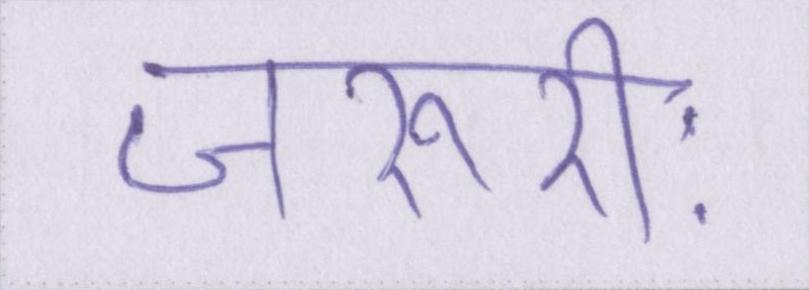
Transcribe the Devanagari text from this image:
जरूरीः